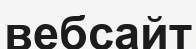
вебсайт